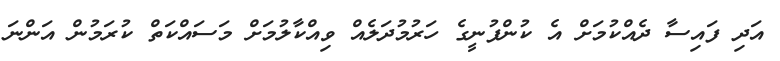
އަދި ފައިސާ ދެއްކުމަށް އެ ކުންފުނީގެ ހަރުމުދަލެއް ވިއްކާލުމަށް މަސައްކަތް ކުރަމުން އަންނަ